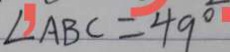
\angle A B C = 4 9 ^ { \circ }